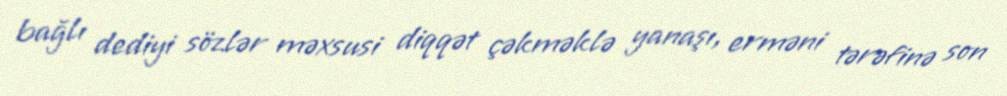
bağlı dediyi sözlər məxsusi diqqət çəkməklə yanaşı, erməni tərəfinə son